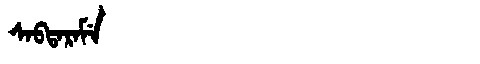
Manchu: ᠰᠠᠪᡨᠠᡵᠠᠮᡝ
Romanization: SABTARAME